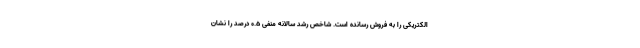
الکتریکی را به فروش رسانده است. شاخص رشد سالانه منفی 0.5 درصد را نشان